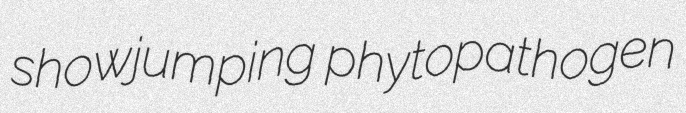
showjumping phytopathogen